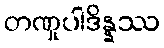
တဏှုပါဒိန္နဿ